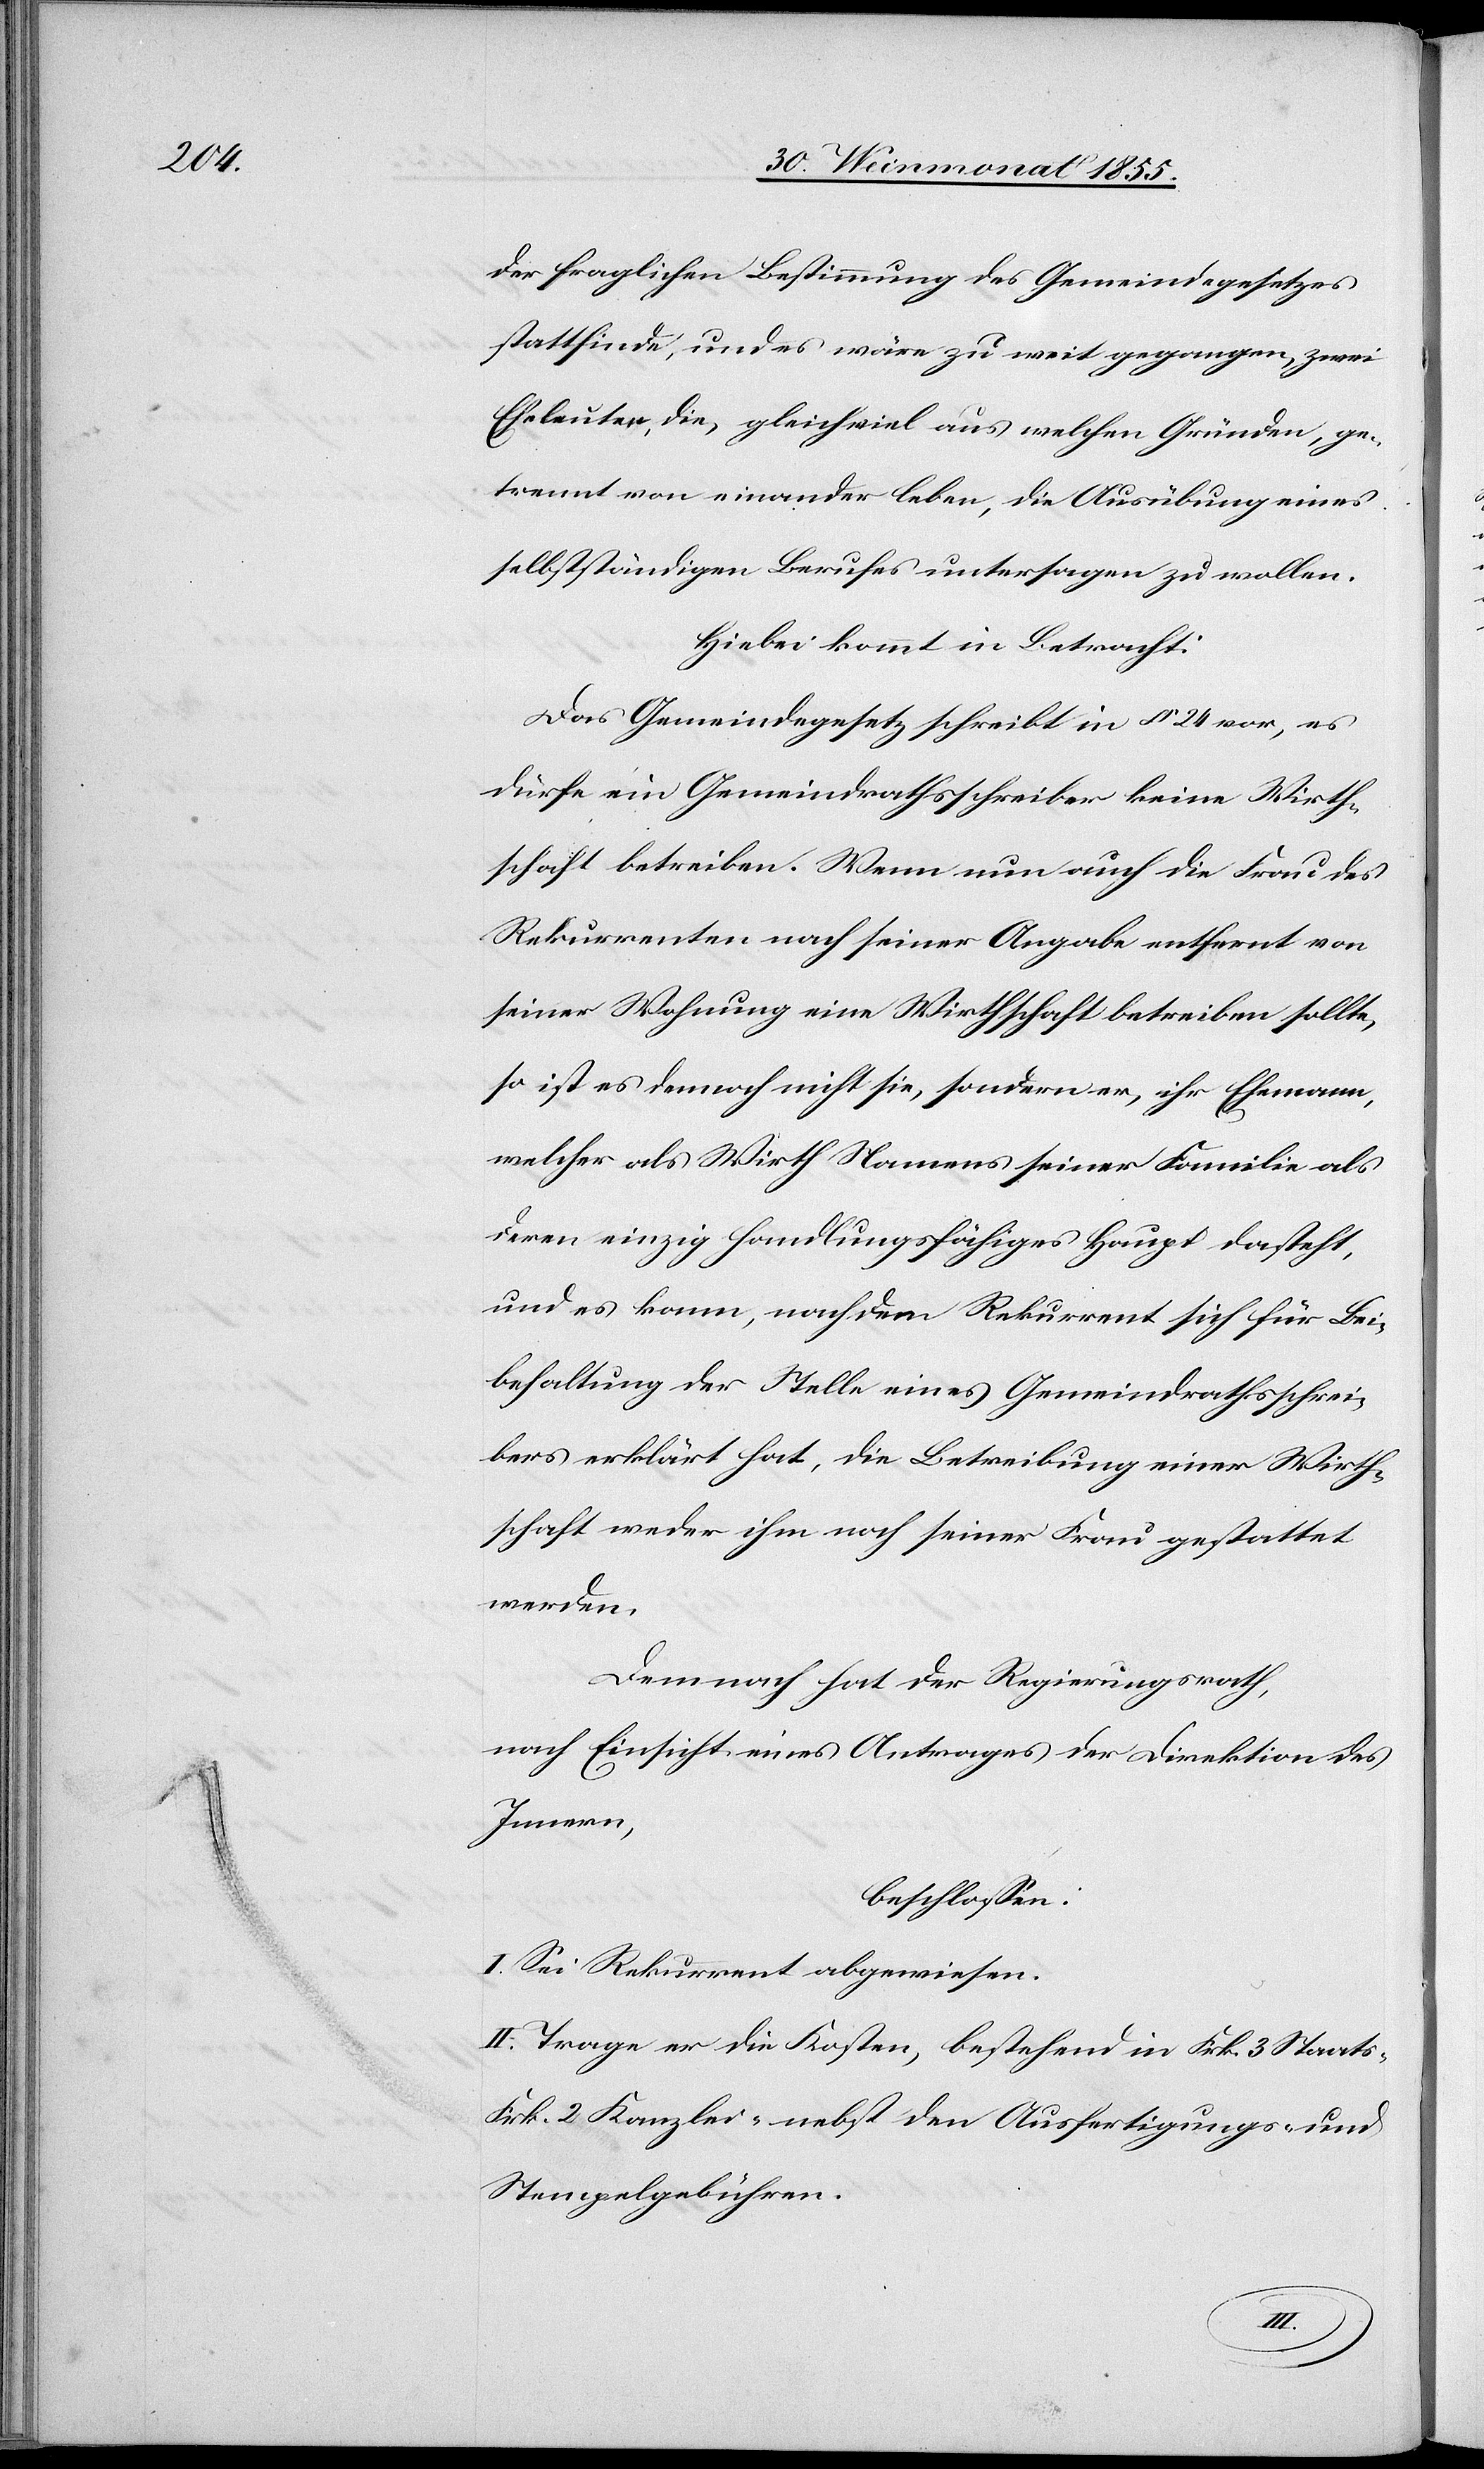
der fraglichen Bestimmung des Gemeindegesetzes
stattfinde, und es wäre zu weit gegangen, zwei
Eheleuten, die, gleichviel aus welchen Gründen, ge¬
trennt von einander leben, die Ausübung eines
selbstständigen Berufes untersagen zu wollen.
Hiebei kommt in Betracht:
Das Gemeindegesetz schreibt in § 24 vor, es
dürfe ein Gemeindrathsschreiber keine Wirth¬
schaft betreiben. Wenn nun auch die Frau des
Rekurrenten nach seiner Angabe entfernt von
seiner Wohnung eine Wirthschaft betreiben sollte,
so ist es dennoch nicht sie, sondern er, ihr Ehemann,
welcher als Wirth Namens seiner Familie als
deren einzig handlungsfähiges Haupt dasteht,
und es kann, nachdem Rekurrent sich für Bei¬
behaltung der Stelle eines Gemeindrathsschrei¬
bers erklärt hat, die Betreibung einer Wirth¬
schaft weder ihm noch seiner Frau gestattet
werden.
Demnach hat der Regierungsrath,
nach Einsicht eines Antrages der Direktion des
Innern,
beschlossen:
I. Sei Rekurrent abgewiesen.
II. Trage er die Kosten, bestehend in Frk. 3 Staats-[,]
Frk. 2 Kanzlei-[,] nebst den Ausfertigungs- und
Stempelgebühren.